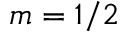
m = 1 / 2